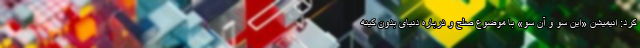
کرد: انیمیشن «این سو و آن سو» با موضوع صلح و درباره دنیای بدون کینه